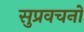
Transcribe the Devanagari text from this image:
सुप्रवचनों